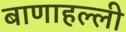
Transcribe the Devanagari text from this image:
बाणाहल्ली